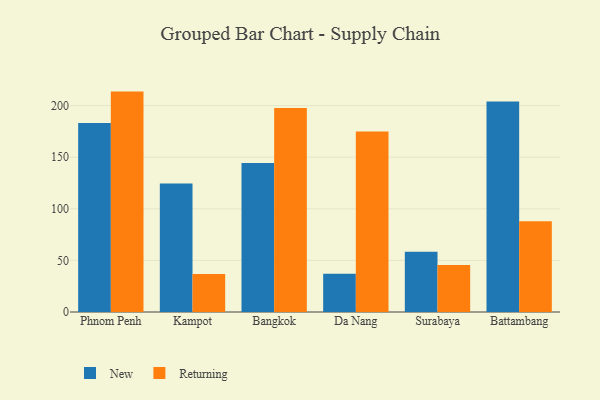
{"axis": {"x": "City", "y": "Gross Profit (USD K)"}, "legend": ["New", "Returning"], "data": [{"x": "Phnom Penh", "y": 183.2, "type": "New"}, {"x": "Phnom Penh", "y": 213.6, "type": "Returning"}, {"x": "Kampot", "y": 124.6, "type": "New"}, {"x": "Kampot", "y": 36.8, "type": "Returning"}, {"x": "Bangkok", "y": 144.5, "type": "New"}, {"x": "Bangkok", "y": 197.8, "type": "Returning"}, {"x": "Da Nang", "y": 37.0, "type": "New"}, {"x": "Da Nang", "y": 175.0, "type": "Returning"}, {"x": "Surabaya", "y": 58.3, "type": "New"}, {"x": "Surabaya", "y": 45.5, "type": "Returning"}, {"x": "Battambang", "y": 204.0, "type": "New"}, {"x": "Battambang", "y": 87.9, "type": "Returning"}]}